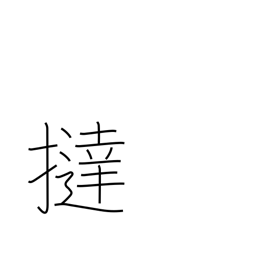
Meaning: flog